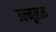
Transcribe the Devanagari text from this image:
उल्मूलन